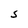
Character: S